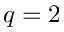
q = 2